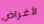
لأغراض